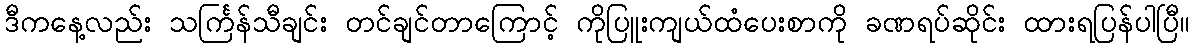
ဒီကနေ့လည်း သင်္ကြန်သီချင်း တင်ချင်တာကြောင့် ကိုပြူးကျယ်ထံပေးစာကို ခဏရပ်ဆိုင်း ထားရပြန်ပါပြီ။